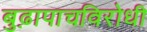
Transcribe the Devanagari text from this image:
बुढ़ापाचविरोधी